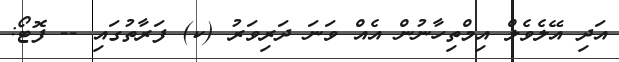
އަދި އޭލެވެލް އިމްތިހާނުން އެއް ވަނަ ދަރިވަރު (ކ) ފަރާތުގައި -- ފޮޓޯ: